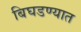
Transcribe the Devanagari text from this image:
बिघडण्यात